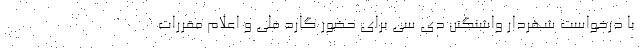
با درخواست شهردار واشنگتن دی سی برای حضور گارد ملی و اعلام مقررات